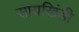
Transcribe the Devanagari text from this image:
सायखिंडी